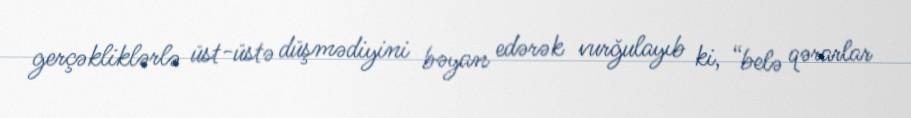
gerçəkliklərlə üst-üstə düşmədiyini bəyan edərək vurğulayıb ki, “belə qərarlar